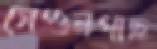
সেগুনগাছ